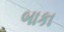
બાકા